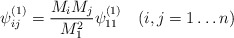
\begin{align*}\psi^{(1)}_{ij}=\frac{M_iM_j}{M_1^2}\psi^{(1)}_{11}\quad (i,j=1\dots n)\end{align*}